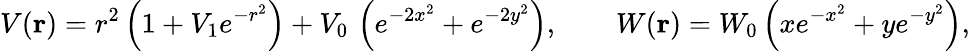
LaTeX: V(\mathbf{r})=r^{2}\left(1+V_{1}e^{-r^{2}}\right)+V_{0}\, \left(e^{-2x^{2}}+e^{-2y^{2}}\right),\qquad W(\mathbf{r})=W_{0}\left(xe^{-x^{2}}+ye^{-y^{2}}\right),